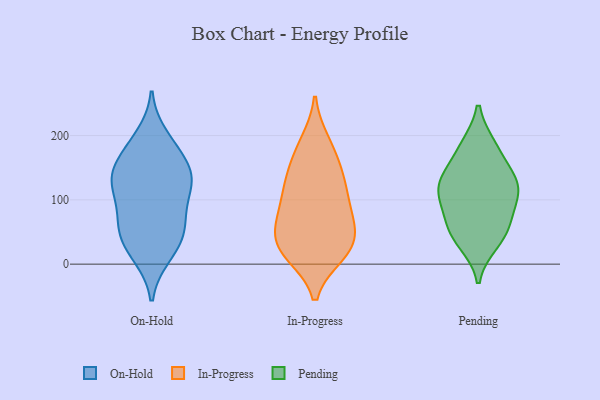
{"axis": {"x": "Energy Usage (MWh)", "y": "Value"}, "legend": ["In-Progress", "On-Hold", "Pending"], "data": [{"x": "", "y": 16, "type": "On-Hold"}, {"x": "", "y": 53, "type": "On-Hold"}, {"x": "", "y": 125, "type": "On-Hold"}, {"x": "", "y": 130, "type": "On-Hold"}, {"x": "", "y": 140, "type": "On-Hold"}, {"x": "", "y": 199, "type": "On-Hold"}, {"x": "", "y": 150, "type": "On-Hold"}, {"x": "", "y": 64, "type": "On-Hold"}, {"x": "", "y": 183, "type": "On-Hold"}, {"x": "", "y": 78, "type": "On-Hold"}, {"x": "", "y": 47, "type": "On-Hold"}, {"x": "", "y": 118, "type": "On-Hold"}, {"x": "", "y": 45, "type": "On-Hold"}, {"x": "", "y": 103, "type": "On-Hold"}, {"x": "", "y": 171, "type": "On-Hold"}, {"x": "", "y": 139, "type": "On-Hold"}, {"x": "", "y": 13, "type": "On-Hold"}, {"x": "", "y": 27, "type": "In-Progress"}, {"x": "", "y": 68, "type": "In-Progress"}, {"x": "", "y": 31, "type": "In-Progress"}, {"x": "", "y": 95, "type": "In-Progress"}, {"x": "", "y": 139, "type": "In-Progress"}, {"x": "", "y": 19, "type": "In-Progress"}, {"x": "", "y": 128, "type": "In-Progress"}, {"x": "", "y": 53, "type": "In-Progress"}, {"x": "", "y": 15, "type": "In-Progress"}, {"x": "", "y": 121, "type": "In-Progress"}, {"x": "", "y": 154, "type": "In-Progress"}, {"x": "", "y": 190, "type": "In-Progress"}, {"x": "", "y": 15, "type": "In-Progress"}, {"x": "", "y": 98, "type": "In-Progress"}, {"x": "", "y": 53, "type": "In-Progress"}, {"x": "", "y": 183, "type": "In-Progress"}, {"x": "", "y": 71, "type": "In-Progress"}, {"x": "", "y": 183, "type": "Pending"}, {"x": "", "y": 181, "type": "Pending"}, {"x": "", "y": 125, "type": "Pending"}, {"x": "", "y": 71, "type": "Pending"}, {"x": "", "y": 142, "type": "Pending"}, {"x": "", "y": 93, "type": "Pending"}, {"x": "", "y": 109, "type": "Pending"}, {"x": "", "y": 121, "type": "Pending"}, {"x": "", "y": 34, "type": "Pending"}, {"x": "", "y": 51, "type": "Pending"}, {"x": "", "y": 124, "type": "Pending"}, {"x": "", "y": 48, "type": "Pending"}]}